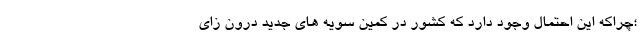
؛چراکه این احتمال وجود دارد که کشور در کمین سویه های جدید درون زای